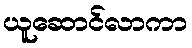
ယူဆောင်လာကာ